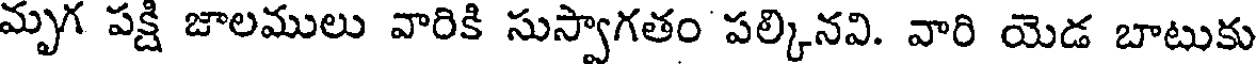
మృగ పక్షి జాలములు వారికి సుస్వాగతం పల్కినవి. వారి యెడ బాటుకు